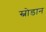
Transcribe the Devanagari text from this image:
स्नोडान